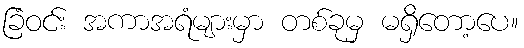
ခြံဝင်း အကာအရံများမှာ တစ်ခုမှ မရှိတော့ပေ။